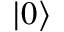
| \boldsymbol { 0 } \rangle